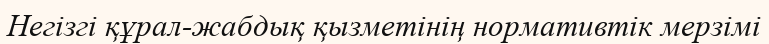
Негізгі құрал-жабдық қызметінің нормативтік мерзімі